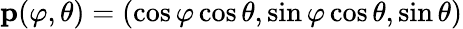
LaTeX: {\mathbf p}(\varphi,\theta)=(\cos\varphi\cos\theta,\sin\varphi\cos\theta,\sin\theta)